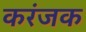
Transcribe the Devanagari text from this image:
करंजक